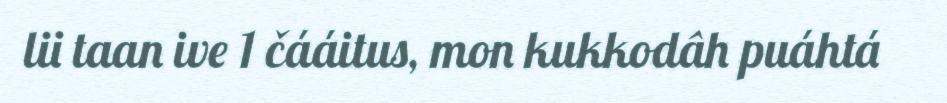
lii taan ive 1 čááitus, mon kukkodâh puáhtá